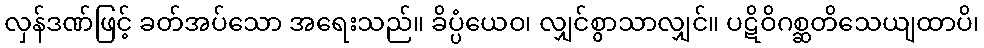
လှန်ဒဏ်ဖြင့် ခတ်အပ်သော အရေးသည်။ ခိပ္ပံယေဝ၊ လျှင်စွာသာလျှင်။ ပဋိဝိဂစ္ဆတိသေယျထာပိ၊